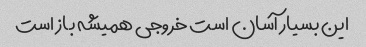
این بسیار آسان است خروجی همیشه باز است